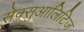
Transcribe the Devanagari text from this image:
सेक्सुआलिटिज